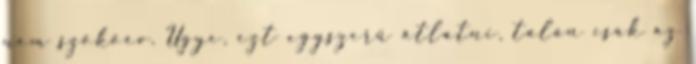
nem szökőév. Ugye, ezt egyszerű átlátni, talán csak az